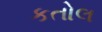
કતોલ